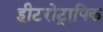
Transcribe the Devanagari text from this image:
हीटरोट्रापिक